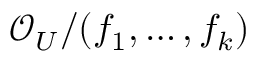
{ \mathcal { O } } _ { U } / ( f _ { 1 } , \ldots , f _ { k } )